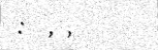
: